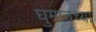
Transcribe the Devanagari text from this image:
घुमानच्या